Tartu_linnavalitsus, lk 4
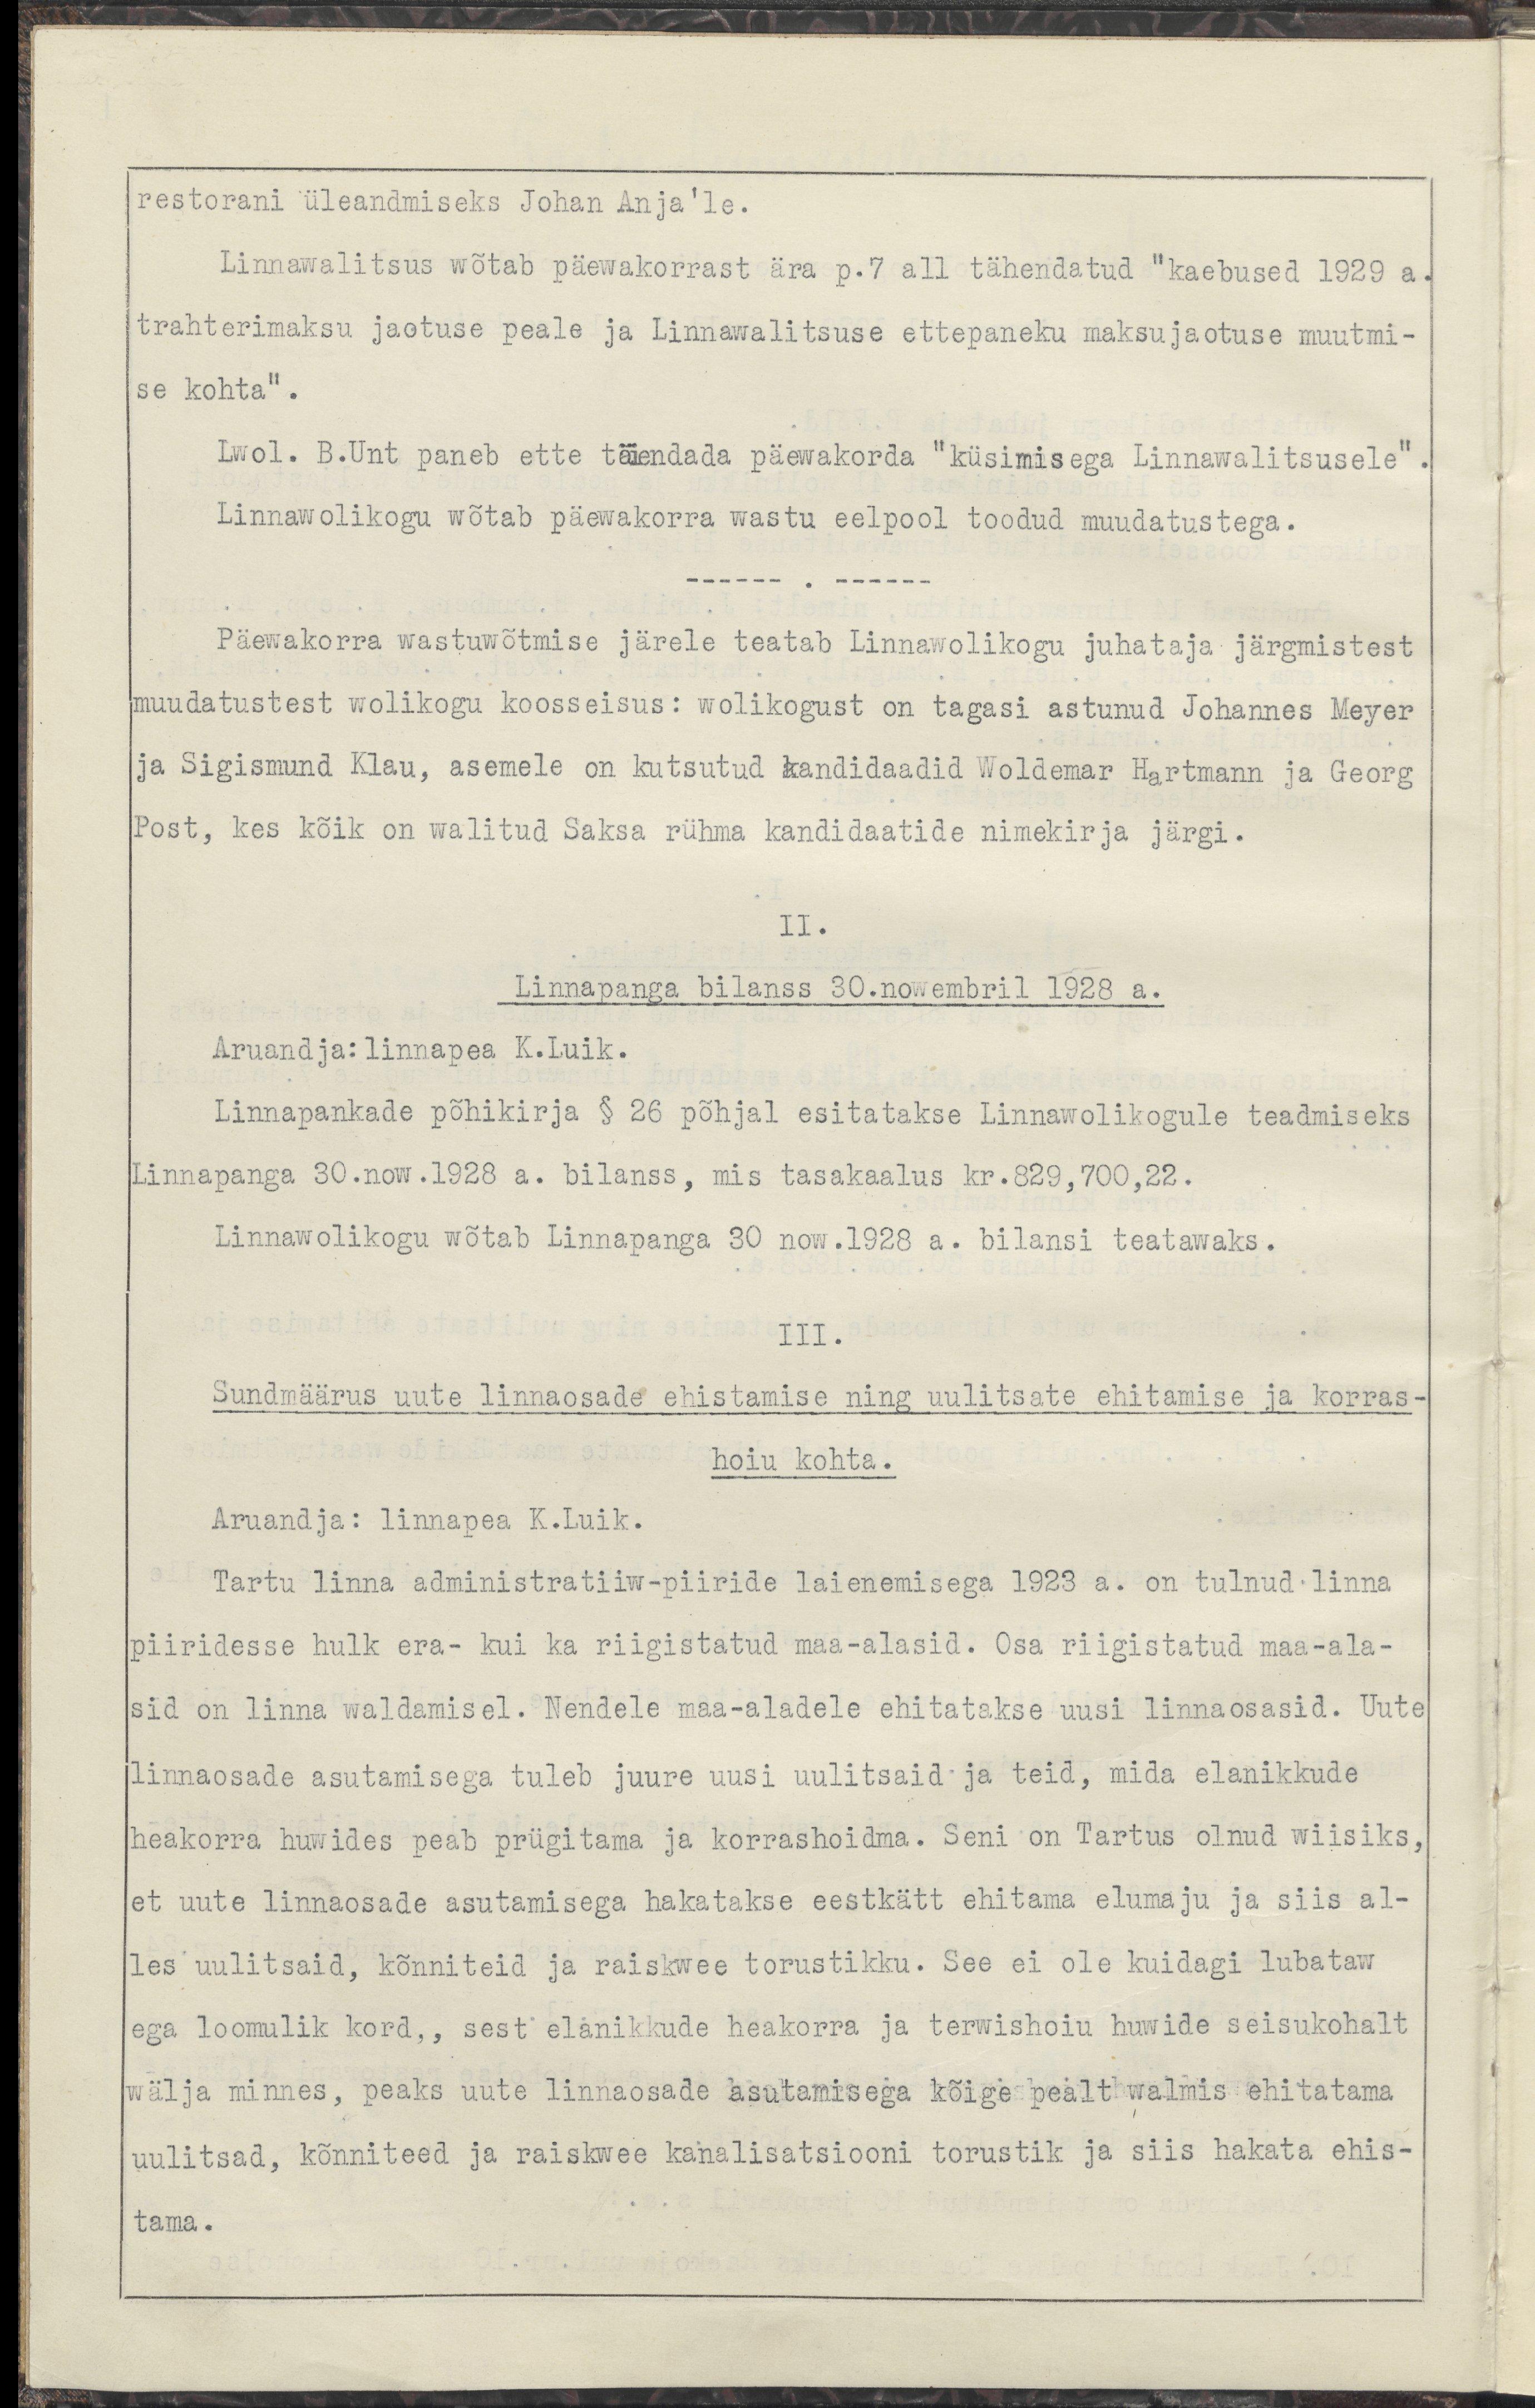
restorani üleandmiseks Johan Anja'le.Linnawalitsus wõtab päewakorrast ära p. 7 all tähendatud "kaebused 1929 atrahterimaksu jaotuse peale ja Linnawalitsuse ettepaneku maksujaotuse muutmi-se kohta".Lwol. B. Unt paneb ette täiendada päewakorda "küsimisega Linnawalitsusele".Linnawolikogu wõtab päewakorra wastu eelpool toodud muudatustega.----- -----Päewakorra wastuwõtmise järele teatab Linnawolikogu juhataja järgmistestMuudatustest wolikogu koosseisus: wolikogust on tagasi astunud Johannes Meyerja Sigismund Klau, asemele on kutsutud kandidaadid Woldemar Hartmann ja GeorgPost, kes kõik on walitud Saksa rühma kandidaatide nimekirja järgi.II.Linnapanga bilanss 30. novembril 1928 a.Aruandja: Linnapea K. Luik.Linnapankade põhikirja § 26 põhjal esitatakse Linnawolikogule teadmisekslinnapanga 30. now. 1928 a. bilanss, mis tasakaalus kr 829,700,22.Linnawolikogu wõtab Linnapanga 30 now. 1928 a. bilansi teatawaks.III.Sundmäärus uute linnaosade ehitamise ning uulitsate ehitamise ja korras-hoiu kohta.Aruandja: linnapea K. Luik.Tartu linna administratiiw-piiride laienemisega 1923 a. on tulnud linna piiridesse hulk era- kui ka riigistatud maa-alasid. Osa riigistatud maa-ala-sid on linna waldamisel. Nendele maa-aladele ehitatakse uusi linnaosasid. Uutelinnaosade asutamisega tuleb juure uusi uulitsaid ja teid, mida elanikkudeheakorra huvides peab prügitama ja korrashoidma. Seni on Tartus olnud wiisiks,et uute linnaosade asutamisega hakatakse eestkätt ehitama elumaju ja siis al-les uulitsaid, kõnniteid ja raiskwee torustikku. See ei ole kuidagi lubatawega loomulik kord,, sest elanikkude heakorra ja terwishoiu huwide seisukohaltwälja minnes, peaks uute linnaosade asutamisega kõige pealt walmis ehitamauulitsad, kõnniteed ja raiskwee kanalisatsiooni torustik ja siis hakata ehis-tama.